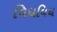
વિધવિધ